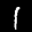
Label: 1